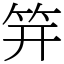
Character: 笄